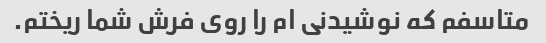
متاسفم که نوشیدنی ام را روی فرش شما ریختم.